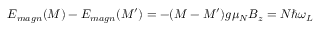
E _ { m a g n } ( M ) - E _ { m a g n } ( M ^ { \prime } ) = - ( M - M ^ { \prime } ) g \mu _ { N } B _ { z } = N \hbar \omega _ { L }